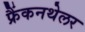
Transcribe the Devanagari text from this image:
फ्रैंकनथेलर